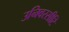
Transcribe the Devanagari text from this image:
उनिवरसीटि